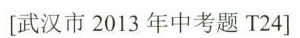
[武汉市2013年中考题T24]